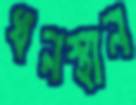
ধনস্থান